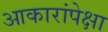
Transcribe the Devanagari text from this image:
आकारांपेक्षा